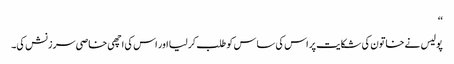
‘‘
پولیس نے خاتون کی شکایت پر اس کی ساس کو طلب کر لیا اور اس کی اچھی خاصی سرزنش کی۔